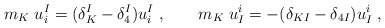
\begin{align*}m_K\; u^I_i = (\delta^I_{K}-\delta^I_{4}) u^I_i\;, \qquad m_K\; u^i_I = -(\delta_{KI}-\delta_{4I}) u^i_I\;,\end{align*}